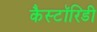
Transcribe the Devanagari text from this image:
कैस्टॉरिडी